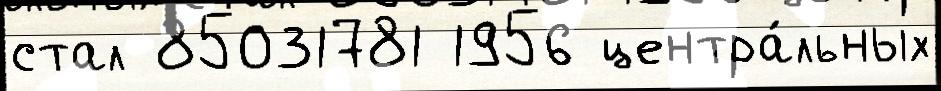
стал 85031781 1956 центра́льных